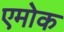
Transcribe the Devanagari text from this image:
एमोक